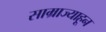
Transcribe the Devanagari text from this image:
साम्राज्याहून